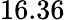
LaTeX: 16.36